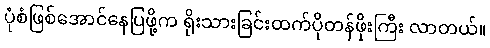
ပုံစံဖြစ်အောင်နေပြဖို့က ရိုးသားခြင်းထက်ပိုတန်ဖိုးကြီး လာတယ်။